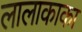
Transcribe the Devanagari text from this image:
लालाकाका